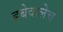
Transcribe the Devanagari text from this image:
डबेवालेच